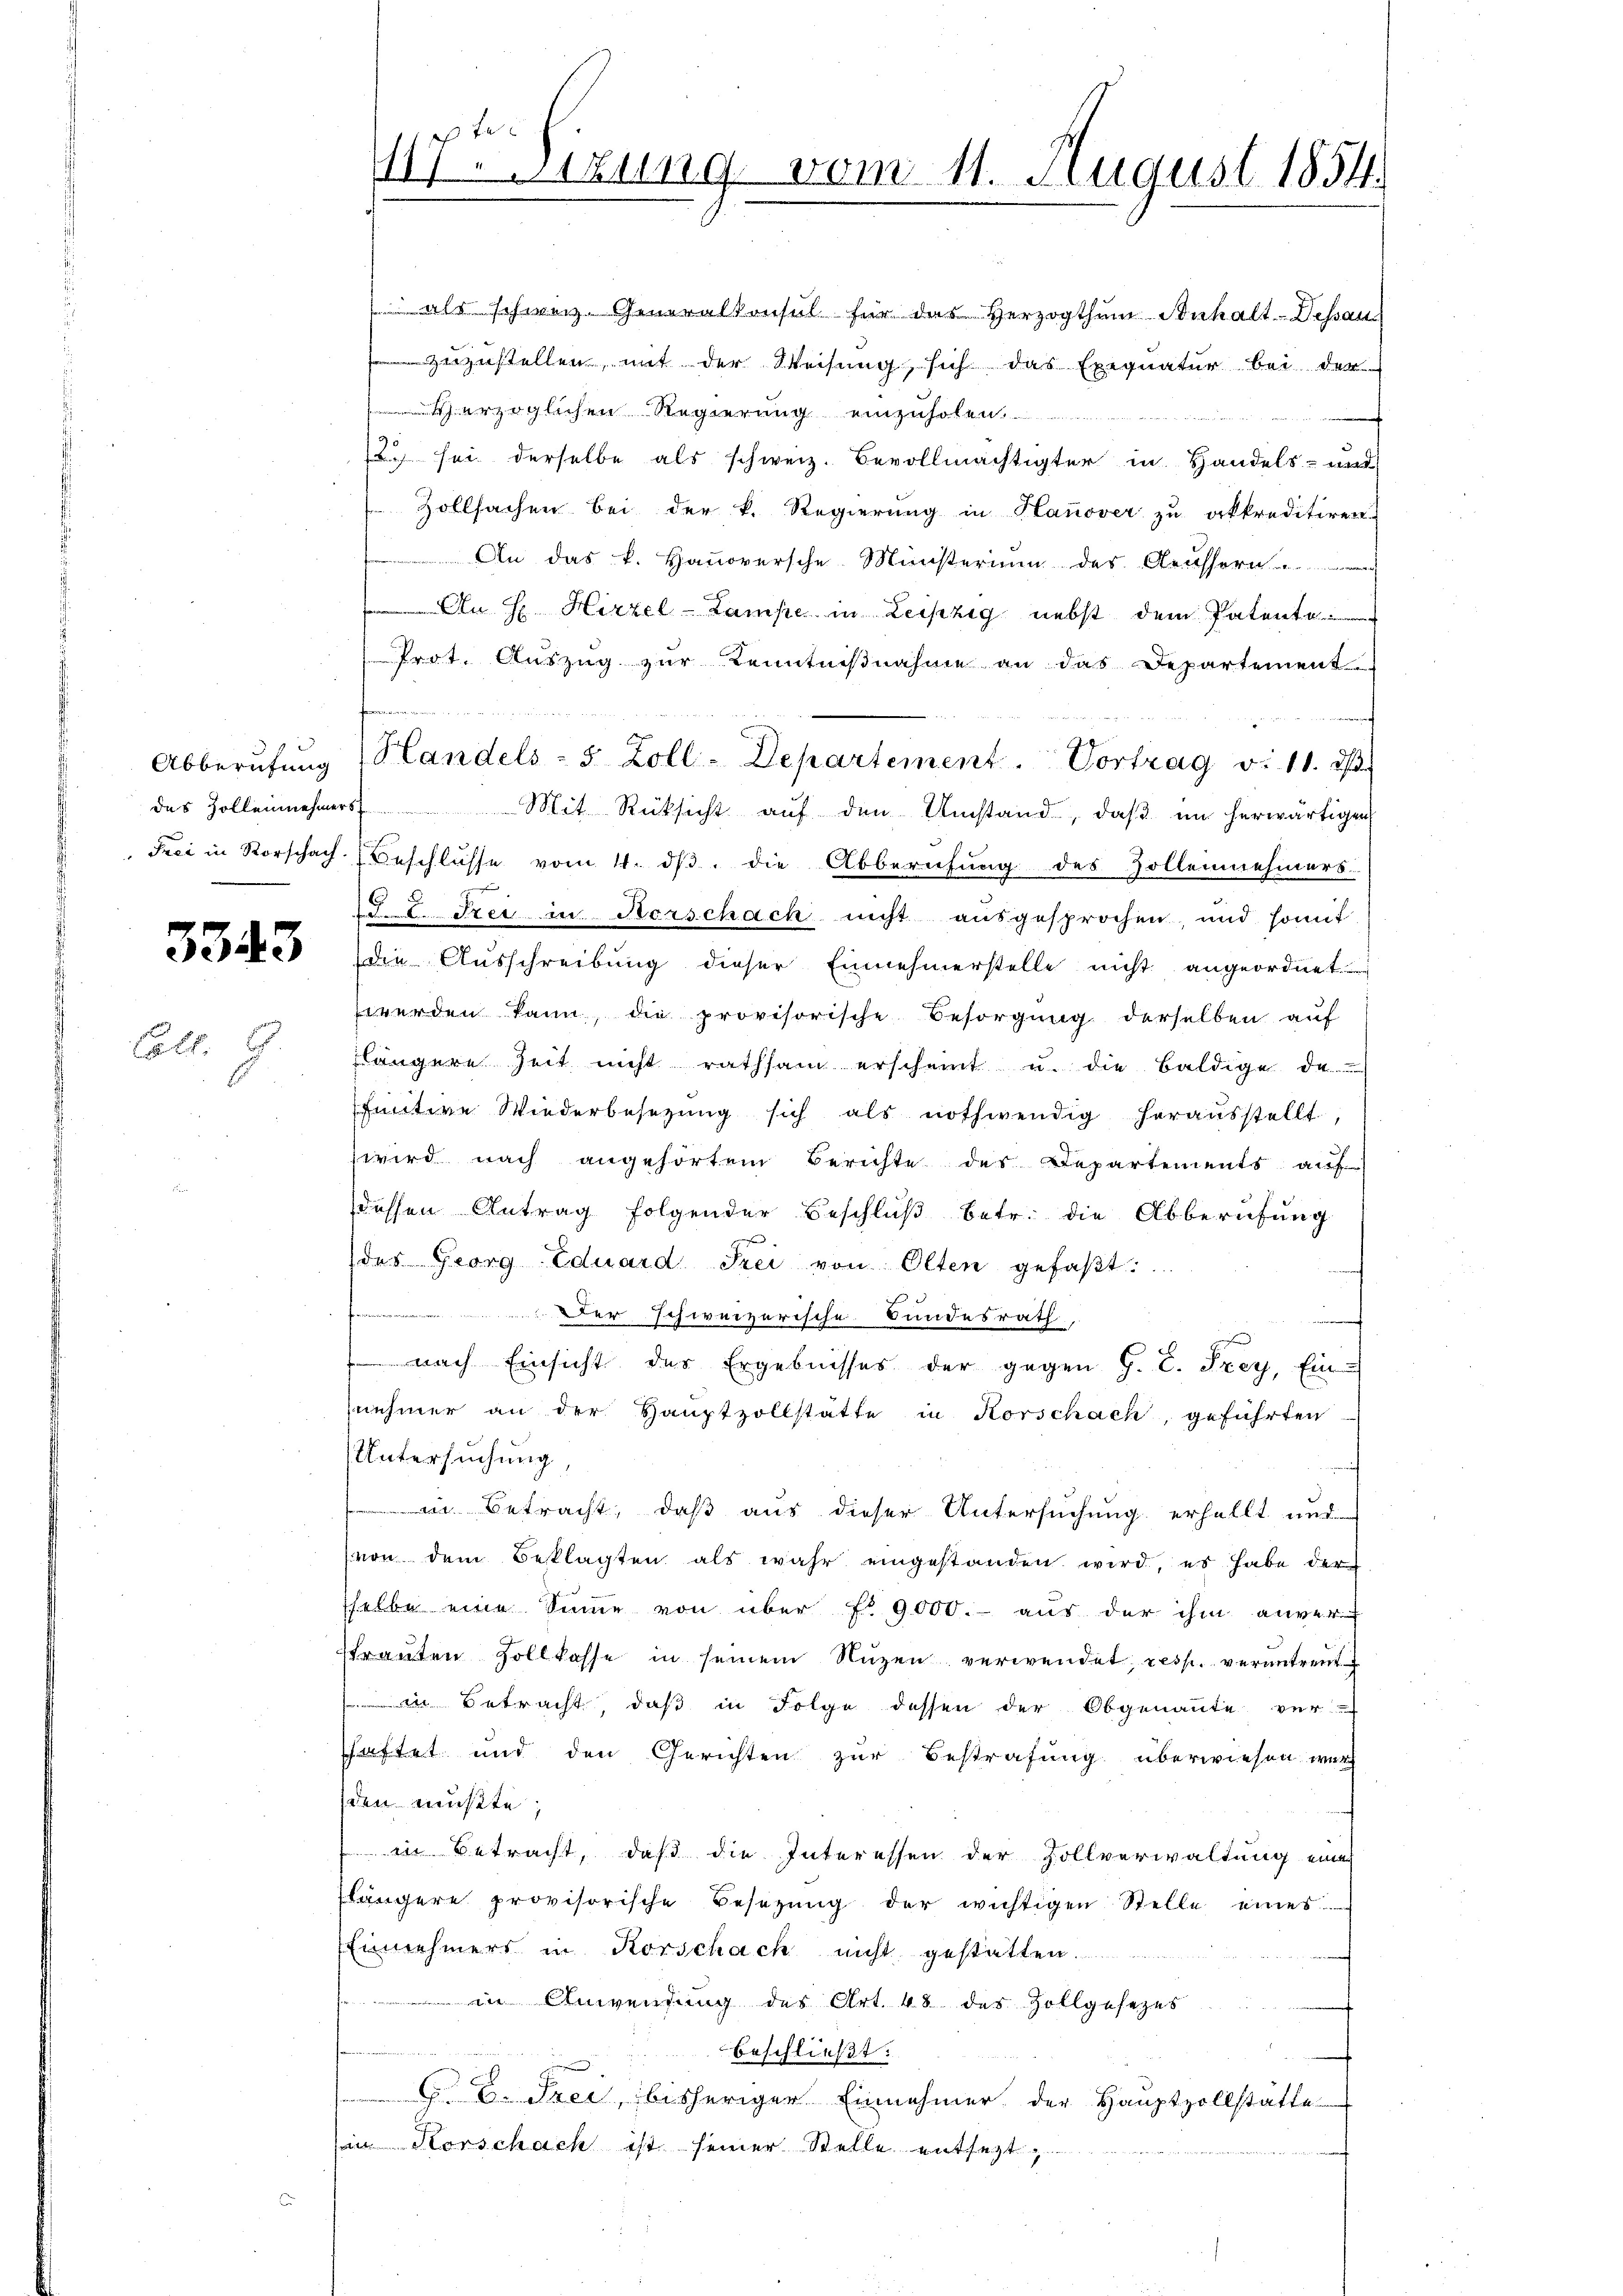
3343

Coll

3.

117. Sizung vom 11. August 1854.

als schweiz. Generalkonsul für das Herzogthum Inhalt. Dessau
zuzustellen mit der Weisung, sich das Exequatur bei der
erzüglichen Regierung einzuholen.
un sei derselbe als schweiz. Bevollmächtigter in Handels- und
Zollsachen bei der k. Regierung in Hanover zu akkreditiren
 An das k. Hanoversche Ministerium des Aeussor
An H Hirzel-Lampe in Leipzig nebst dem Patente
Prot. Auszug zur Kenntnißnahme an das Departement.
das Zollenehmers Mit Rücksicht aŭf den Umstand, daβ im herwärtigen
Frei in Vorschach Beschlüsse vom 4. dβ, die Abberufung des Zollennehmers
3 C. Frei in Kerschach nicht ausgesprochen, und somit
die Ausschreibung dieser Einnehmerstelle nicht angeordnet
werden kann, die provisorische Besorgŭng derselben aŭf
ängere Zeit nicht rathsam erscheint u. die baldige de
finitive Wiederbesetzŭng sich als nothwendig heraŭsstellt,
wird nach angehörtem Berichte des Departements auf
dessen Antrag folgender Beschluß betr. die Abberufung
f
des Georg Eduard Frei von Olten gefaβt:
Der schweizerische Bundesrath,
nach Einsicht des Ergebnisses der gegen G. P. Frey, Ein-
nehmer an der Hauptzollstätte in Korschach, geführten
Untersuchung,
in Betracht, daß aus dieser Untersuchung erhellt und
von dem Beklagten als wahr eingestanden wird, es habe der
sselbe eine Sinne von über f. 9000.- aus der ihm anver-
tranten Zollkasse in seinem Nuzen verwendet, resp. verantrent
 in Betracht, daß in Folge dessen der Obgenannte ver-
shaftet und den Gerichten zur Bestrafung überwiesen wer
den müßte;
in betracht, daß die Interessen der Zollverwaltung eine
längere provisorische Besetzŭng der wichtigen Stelle eines
Einnehmers in Korschach nicht gestatten.
 in Anwendung des Art. 48 des Zollgesezes
beschließt:
C. C. Frei, bisheriger Einnehmer der Hauptzollstätte
in Korschach ist seiner Stelle entsezt

e

Abberufung (landels- 5 Zoll-Departement. Vortrag v. 11. 2